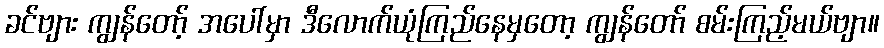
ခင်ဗျား ကျွန်တော့် အပေါ်မှာ ဒီလောက်ယုံကြည်နေမှတော့ ကျွန်တော် စမ်းကြည့်မယ်ဗျာ။